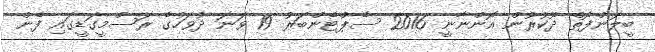
ބީލަންފޮތް ދޫކުރުން އޮންނާނީ 2016 ސެޕްޓެންބަރު 19 ވަނަ ދުވަހުގެ ރަސްމީގަޑީގައި ފެން